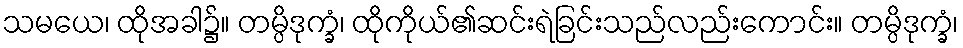
သမယေ၊ ထိုအခါ၌။ တမ္ပိဒုက္ခံ၊ ထိုကိုယ်၏ဆင်းရဲခြင်းသည်လည်းကောင်း။ တမ္ပိဒုက္ခံ၊